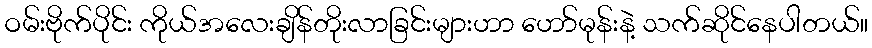
ဝမ်းဗိုက်ပိုင်း ကိုယ်အလေးချိန်တိုးလာခြင်းများဟာ ဟော်မုန်းနဲ့ သက်ဆိုင်နေပါတယ်။